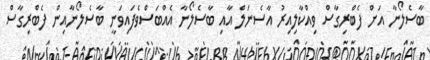
ބާސެލޯނާ އަށް ފެބްރިގާސް ވިއްކާލިއިރު އާސެނަލް އާއި ބާސެލޯނާ އެއްބަސްވެފައިވަނީ ބާސެލޯނާއިން ފެބްރިގާސް